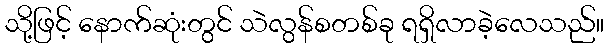
သို့ဖြင့် နောက်ဆုံးတွင် သဲလွန်စတစ်ခု ရရှိလာခဲ့လေသည်။